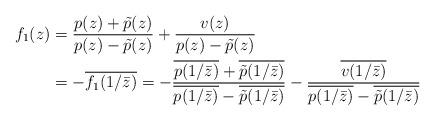
LaTeX: \begin{align*}\begin{aligned}f_1(z) &= \frac{p(z)+\tilde{p}(z)}{p(z)-\tilde{p}(z)} + \frac{v(z)}{p(z)-\tilde{p}(z)} \\&= -\overline{f_1(1/\bar{z})} = - \frac{\overline{p(1/\bar{z})}+\overline{\tilde{p}(1/\bar{z})}}{\overline{p(1/\bar{z})}-\overline{\tilde{p}(1/\bar{z})}} -\frac{\overline{v(1/\bar{z})}}{\overline{p(1/\bar{z})}-\overline{\tilde{p}(1/\bar{z})}}\end{aligned}\end{align*}